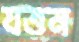
যত্তন